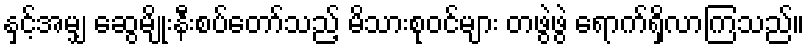
နှင့်အမျှ ဆွေမျိုးနီးစပ်တော်သည့် မိသားစုဝင်များ တဖွဲဖွဲ ရောက်ရှိလာကြသည်။